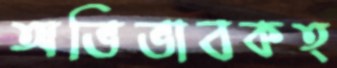
অভিভাবকত্